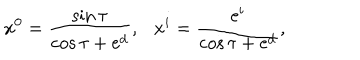
x ^ { 0 } = \frac { \sin \tau } { \cos \tau + \mathrm { e } ^ { d } } , \ \ \ x ^ { i } = \frac { \mathrm { e } ^ { i } } { \cos \tau + \mathrm { e } ^ { d } } ,